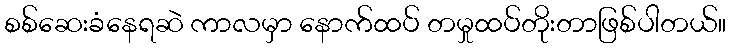
စစ်ဆေးခံနေရဆဲ ကာလမှာ နောက်ထပ် တမှုထပ်တိုးတာဖြစ်ပါတယ်။